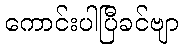
ကောင်းပါပြီခင်ဗျာ